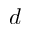
d